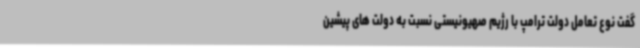
گفت نوع تعامل دولت ترامپ با رژیم صهیونیستی نسبت به دولت های پیشین